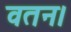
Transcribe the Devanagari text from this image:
वतन।